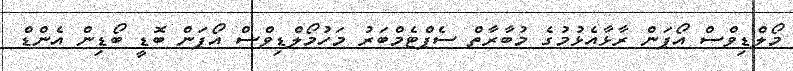
މޯލްޑިވްސް އޯޕަން ރާޅާއެޅުމުގެ މުބާރާތް ސެޕްޓެމްބަރު މަހުމޯލްޑިވްސް އޯޕަން ބޮޑީ ބޯޑިން އެންޑް